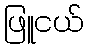
ဖြူငယ်